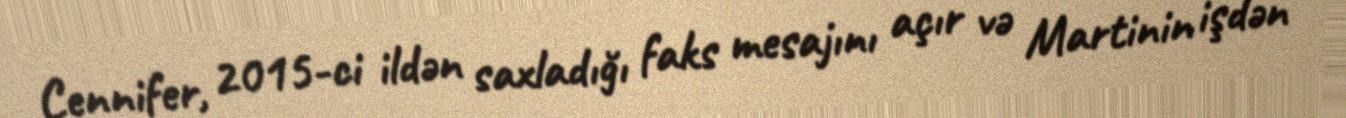
Cennifer, 2015-ci ildən saxladığı faks mesajını açır və Martinin işdən